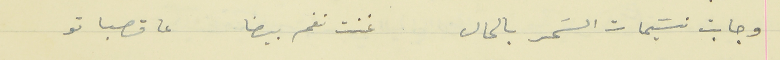
وجابت نسَيمات السَحر بالحال                              غنت نغم بيضا عا قصباتو